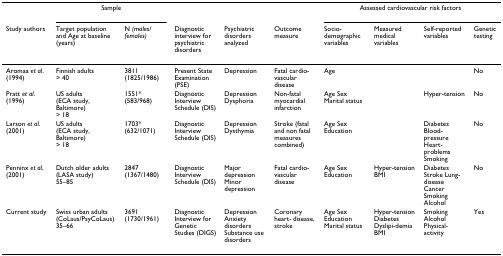
<table><thead><tr><td></td><td colspan="2"><b>Sample</b></td><td></td><td></td><td></td><td colspan="4"><b>Assessed cardiovascular risk factors</b></td></tr><tr><td><b>Study authors</b></td><td><b>Target population and Age at baseline (years)</b></td><td><b>N <i>(males/</i><i>females)</i></b></td><td><b>Diagnostic interview for psychiatric disorders</b></td><td><b>Psychiatric disorders analyzed</b></td><td><b>Outcome measure</b></td><td><b>Socio- demographic variables</b></td><td><b>Measured medical variables</b></td><td><b>Self-reported variables</b></td><td><b>Genetic testing</b></td></tr></thead><tbody><tr><td>Aromaa <i>et al</i>. (1994)</td><td>Finnish adults&gt; 40</td><td>3811 (1825/1986)</td><td>Present State Examination (PSE)</td><td>Depression</td><td>Fatal cardio-vascular disease</td><td>Age</td><td></td><td></td><td>No</td></tr><tr><td>Pratt <i>et al</i>. (1996)</td><td>US adults (ECA study, Baltimore)&gt; 18</td><td>1551* (583/968)</td><td>Diagnostic Interview Schedule (DIS)</td><td>Depression Dysphoria</td><td>Non-fatal myocardial infarction</td><td>Age Sex Marital status</td><td></td><td>Hyper-tension</td><td>No</td></tr><tr><td>Larson <i>et al</i>. (2001)</td><td>US adults (ECA study, Baltimore)&gt; 18</td><td>1703* (632/1071)</td><td>Diagnostic Interview Schedule (DIS)</td><td>Depression Dysthymia</td><td>Stroke (fatal and non fatal measures combined)</td><td>Age Sex Education</td><td></td><td>Diabetes Blood-pressure Heart-problems Smoking</td><td>No</td></tr><tr><td>Penninx <i>et al</i>. (2001)</td><td>Dutch older adults (LASA study)55–85</td><td>2847 (1367/1480)</td><td>Diagnostic Interview Schedule (DIS)</td><td>Major depression Minor depression</td><td>Fatal cardio-vascular disease</td><td>Age Sex Education</td><td>Hyper-tension BMI</td><td>Diabetes Stroke Lung-disease Cancer Smoking Alcohol</td><td>No</td></tr><tr><td>Current study</td><td>Swiss urban adults (CoLaus/PsyCoLaus)35–66</td><td>3691 (1730/1961)</td><td>Diagnostic Interview for Genetic Studies (DIGS)</td><td>Depression Anxiety disorders Substance use disorders</td><td>Coronary heart- disease, stroke</td><td>Age Sex Education Marital status</td><td>Hyper-tension Diabetes Dyslipi-demia BMI</td><td>Smoking Alcohol Physical- activity</td><td>Yes</td></tr></tbody></table>